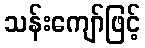
သန်းကျော်ဖြင့်